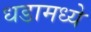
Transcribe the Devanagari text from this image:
धडामध्ये